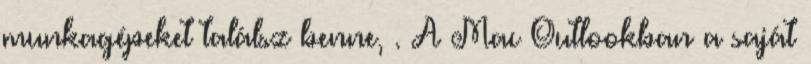
munkagépeket találsz benne, . A Mac Outlookban a saját